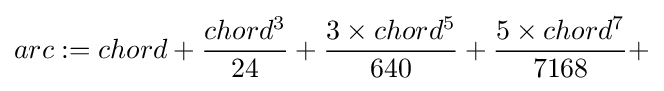
arc:=chord+{\frac {chord^{3}}{24}}+{\frac {3\times chord^{5}}{640}}+{\frac {5\times chord^{7}}{7168}}+